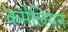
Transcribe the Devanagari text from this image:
कमेलियन